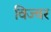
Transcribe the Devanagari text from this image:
विज्वर